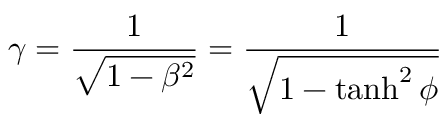
\gamma = { \frac { 1 } { \sqrt { 1 - \beta ^ { 2 } } } } = { \frac { 1 } { \sqrt { 1 - \operatorname { t a n h } ^ { 2 } \phi } } }